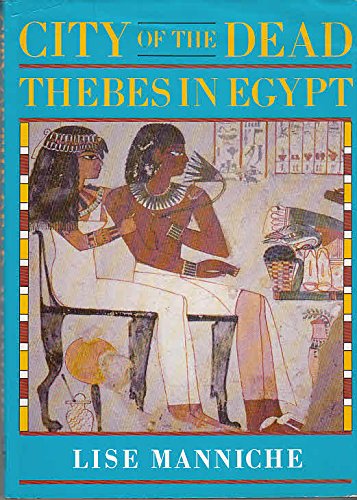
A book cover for City of the Dead: Thebes in Egypt; Lise Manniche; Religion & Spirituality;